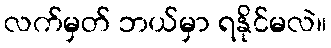
လက်မှတ် ဘယ်မှာ ရနိုင်မလဲ။